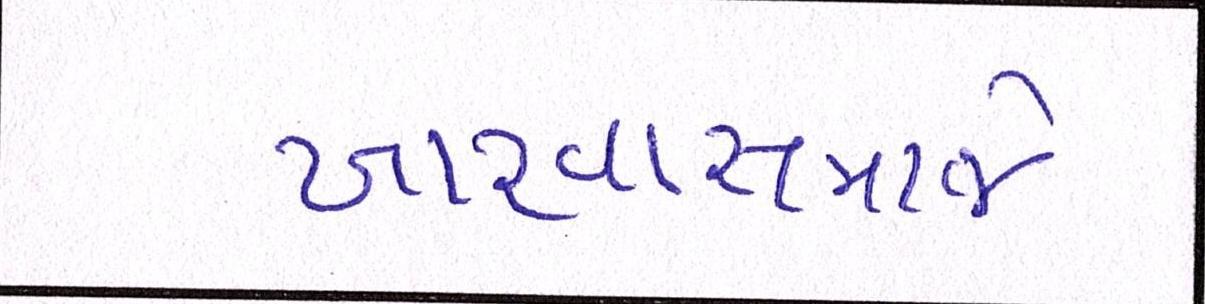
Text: ખારવાસમાજે